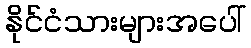
နိုင်ငံသားများအပေါ်